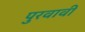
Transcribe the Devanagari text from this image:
पुरवावी